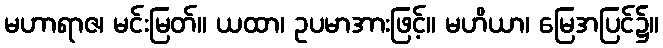
မဟာရာဇ၊ မင်းမြတ်။ ယထာ၊ ဥပမာအားဖြင့်။ မဟိယာ၊ မြေအပြင်၌။